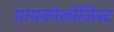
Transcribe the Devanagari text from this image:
मायकोलॉजिस्ट